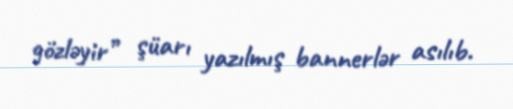
gözləyir” şüarı yazılmış bannerlər asılıb.